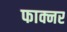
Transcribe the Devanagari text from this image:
फाक्नर